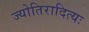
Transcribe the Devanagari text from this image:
ज्योतिरादित्यः